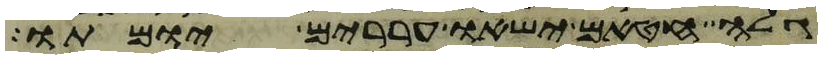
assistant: גלה חטאם ישאו עררים יומתו